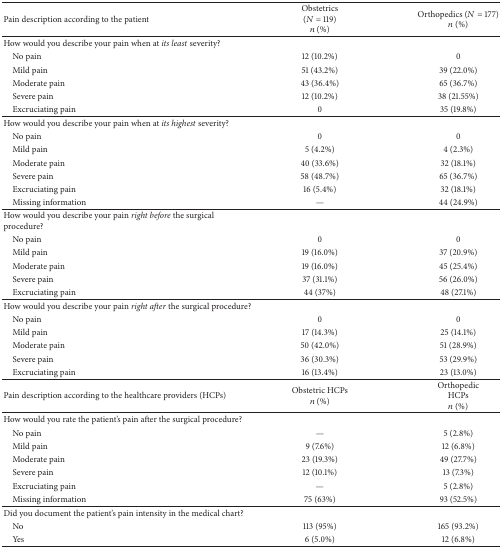
| Pain description according to the patient | Obstetrics(N = 119)n (%) | Orthopedics (N = 177)n (%) |
 | --- | --- | --- |
 | How would you describe your pain when at its least severity? |  |  |
 | No pain | 12 (10.2%) | 0 |
 | Mild pain | 51 (43.2%) | 39 (22.0%) |
 | Moderate pain | 43 (36.4%) | 65 (36.7%) |
 | Severe pain | 12 (10.2%) | 38 (21.55%) |
 | Excruciating pain | 0 | 35 (19.8%) |
 | How would you describe your pain when at its highest severity? |  |  |
 | No pain | 0 | 0 |
 | Mild pain | 5 (4.2%) | 4 (2.3%) |
 | Moderate pain | 40 (33.6%) | 32 (18.1%) |
 | Severe pain | 58 (48.7%) | 65 (36.7%) |
 | Excruciating pain | 16 (5.4%) | 32 (18.1%) |
 | Missing information | — | 44 (24.9%) |
 | How would you describe your pain right before the surgical procedure? |  |  |
 | No pain | 0 | 0 |
 | Mild pain | 19 (16.0%) | 37 (20.9%) |
 | Moderate pain | 19 (16.0%) | 45 (25.4%) |
 | Severe pain | 37 (31.1%) | 56 (26.0%) |
 | Excruciating pain | 44 (37%) | 48 (27.1%) |
 | How would you describe your pain right after the surgical procedure? |  |  |
 | No pain | 0 | 0 |
 | Mild pain | 17 (14.3%) | 25 (14.1%) |
 | Moderate pain | 50 (42.0%) | 51 (28.9%) |
 | Severe pain | 36 (30.3%) | 53 (29.9%) |
 | Excruciating pain | 16 (13.4%) | 23 (13.0%) |
 | Pain description according to the healthcare providers (HCPs) | Obstetric HCPsn (%) | Orthopedic HCPsn (%) |
 | How would you rate the patient's pain after the surgical procedure? |  |  |
 | No pain | — | 5 (2.8%) |
 | Mild pain | 9 (7.6%) | 12 (6.8%) |
 | Moderate pain | 23 (19.3%) | 49 (27.7%) |
 | Severe pain | 12 (10.1%) | 13 (7.3%) |
 | Excruciating pain | — | 5 (2.8%) |
 | Missing information | 75 (63%) | 93 (52.5%) |
 | Did you document the patient's pain intensity in the medical chart? |  |  |
 | No | 113 (95%) | 165 (93.2%) |
 | Yes | 6 (5.0%) | 12 (6.8%) |